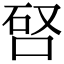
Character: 唘